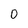
Character: 0